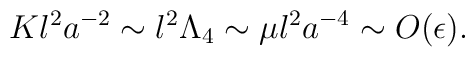
Kl^2a^{-2} \sim l^2\Lambda_4 \sim \mu l^2a^{-4} \sim O(\epsilon).